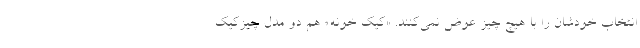
انتخاب خودشان را با هیچ چیز عوض نمی‌کنند. «کیک خونه» هم دو مدل چیزکیک